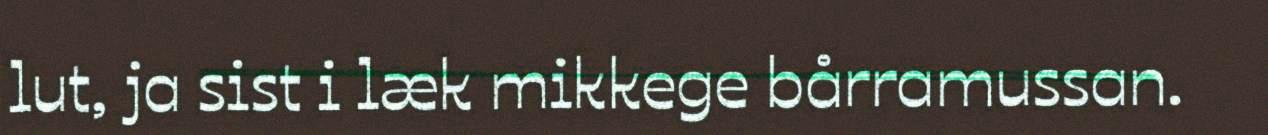
lut, ja sist i læk mikkege bårramussan.